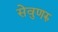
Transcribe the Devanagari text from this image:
सेवुणरु